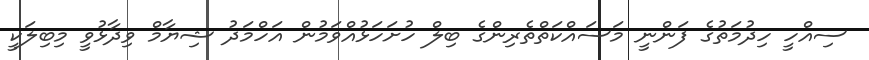
ސިއްހީ ހިދުމަތުގެ ފަންނީ މަސައްކަތްތެރިންގެ ބިލް ހުށަހަޅުއްވަމުން އަހްމަދު ޝިޔާމް ވިދާޅުވީ މިބިލަކީ